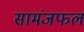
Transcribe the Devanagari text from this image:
सामंजफल